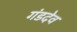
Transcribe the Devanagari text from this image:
गंडदेव